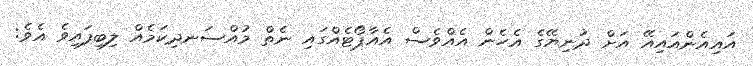
އައިއެންއައިއޭ އަށް ދުނިޔޭގެ އެހެން އެއްވެސް އެއާޕޯޓެއްގައި ނެތް މުއްސަނދިކަމެއް ލިބިފައިވެ އެވެ: